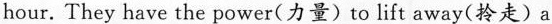
hour. They have the power(力量) to life away(拎走) a